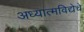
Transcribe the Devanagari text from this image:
अध्यात्मविद्येचे